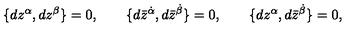
\{ d z ^ { \alpha } , d z ^ { \beta } \} = 0 , \qquad \{ d \bar { z } ^ { \dot { \alpha } } , d \bar { z } ^ { \dot { \beta } } \} = 0 , \qquad \{ d z ^ { \alpha } , d \bar { z } ^ { \dot { \beta } } \} = 0 ,